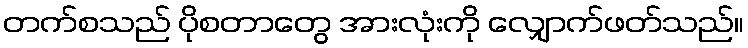
တက်စသည် ပိုစတာတွေ အားလုံးကို လျှောက်ဖတ်သည်။